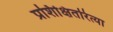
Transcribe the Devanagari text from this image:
प्रशिक्षितरित्या